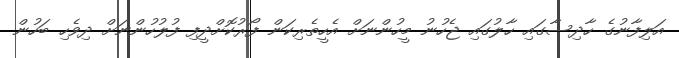
އަލިފާނުގެ ހާދިސާގައި ހާލުގައި ޖެހުނު މީހުންނަށް އެހީތެރިކަން ފޯރުކޮށްދީފި ފުލުހުންނަށް ދިވެހި ބަހުން